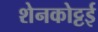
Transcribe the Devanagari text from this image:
शेनकोट्टई